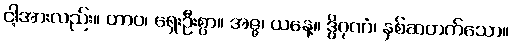
ငါ့အားလည်း။ တာဝ၊ ရှေးဦးစွာ။ အဇ္ဇ၊ ယနေ့။ ဒွိဂုဏံ၊ နှစ်ဆတက်သော။